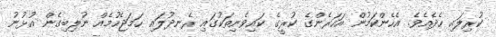
ކުރިލައި ހެދެއެވެ. އެހެންކަމުން އަހަރެންގެ ކުރީގެ ކައިވެނިތަކުގައި ރެނދުލައި ހަމަޖެހުމެއް ނުލިބިގެން އުޅުނު